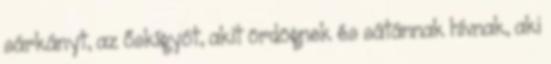
sárkányt, az őskígyót, akit ördögnek és sátánnak hívnak, aki